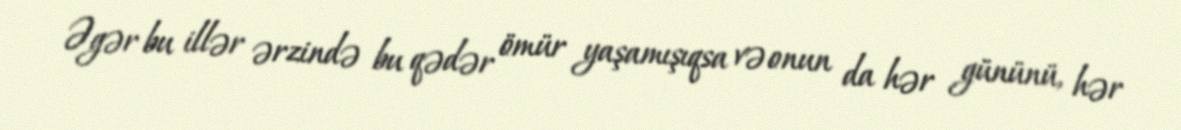
Əgər bu illər ərzində bu qədər ömür yaşamışıqsa və onun da hər gününü, hər